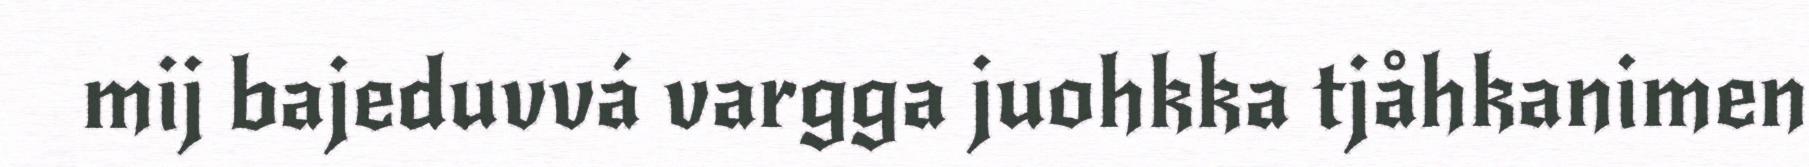
mij bajeduvvá vargga juohkka tjåhkanimen